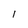
Character: 1